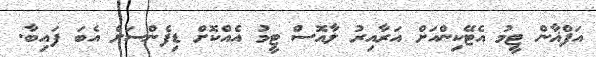
އަފްޣާން ޓީމު އެޓޭކިންއަށް އަރާއިރު ލާއޮސް ޓީމު އެއްކޮށް ޑިފެންސަށް އެބަ ފައިބާ.